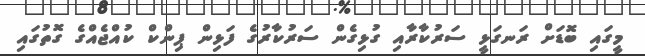
މީގައި ބޮޑަށް ރަނގަޅީ ސަރުކާރާއި ގުޅިގެން ސަރުކާރުގެ ފަޅިން ޕިންކް ކުއްޖެއްގެ ގޮތުގައި